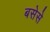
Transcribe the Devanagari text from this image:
बसेसे